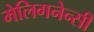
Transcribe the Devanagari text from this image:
मेलिगनेन्सी